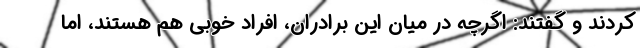
کردند و گفتند: اگرچه در میان این برادران، افراد خوبی هم هستند، اما